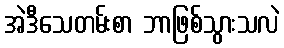
အဲဒီသေတမ်းစာ ဘာဖြစ်သွားသလဲ